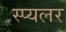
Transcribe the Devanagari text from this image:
स्प्यलर